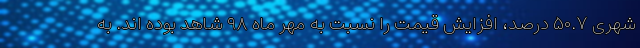
شهری ۵۰.۷ درصد، افزایش قیمت را نسبت به مهر ماه ۹۸ شاهد بوده اند. به